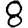
Digit: 8